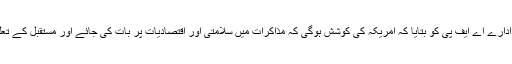
ایک امریکی اہل کار نے خبر رساں ادارے اے ایف پی کو بتایا کہ امریکہ کی کوشش ہوگی کہ مذاکرات میں سلامتی اور اقتصادیات پر بات کی جائے اور مستقبل کے تعلقات کی منصوبہ بندی کی جا سکے۔